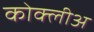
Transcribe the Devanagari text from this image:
कोक्लीअ